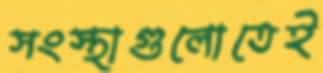
সংস্থাগুলোতেই